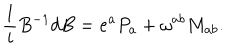
{ \frac { 1 } { i } } B ^ { - 1 } d B = e ^ { a } P _ { a } + \omega ^ { a b } M _ { a b } .